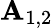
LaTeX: \mathbf{A}_{1,2}